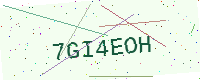
Text: 7GI4EOH